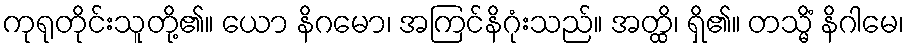
ကုရုတိုင်းသူတို့၏။ ယော နိဂမော၊ အကြင်နိဂုံးသည်။ အတ္ထိ၊ ရှိ၏။ တသ္မိံ နိဂါမေ၊